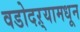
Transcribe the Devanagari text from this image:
वडोदऱ्यामधून